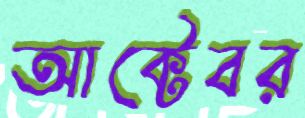
আক্টেবর